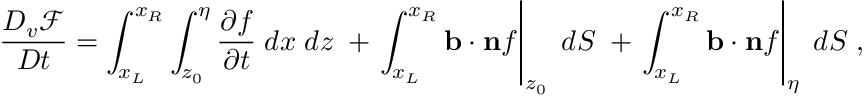
\frac { D _ { v } \mathcal { F } } { D t } = \int _ { x _ { L } } ^ { x _ { R } } \int _ { z _ { 0 } } ^ { \eta } \frac { \partial f } { \partial t } \; d x \; d z \; + \left. \int _ { x _ { L } } ^ { x _ { R } } \mathbf { b } \cdot \mathbf { n } f \right| _ { z _ { 0 } } \; d S \; + \left. \int _ { x _ { L } } ^ { x _ { R } } \mathbf { b } \cdot \mathbf { n } f \right| _ { \eta } \; d S \; ,